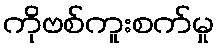
ကိုဗစ်ကူးစက်မှု